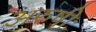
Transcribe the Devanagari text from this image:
अरुषीः